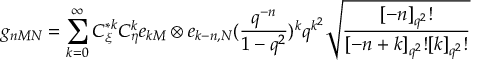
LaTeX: g _ { n M N } = \sum _ { k = 0 } ^ { \infty } C _ { \xi } ^ { * k } C _ { \eta } ^ { k } e _ { k M } \otimes e _ { k - n , N } ( \frac { q ^ { - n } } { 1 - q ^ { 2 } } ) ^ { k } q ^ { k ^ { 2 } } \sqrt { \frac { [ - n ] _ { q ^ { 2 } } ! } { [ - n + k ] _ { q ^ { 2 } } ! [ k ] _ { q ^ { 2 } } ! } }